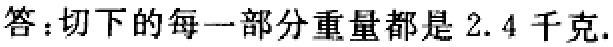
答：切下的每一部分重量都是$2.4$千克.